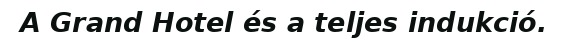
A Grand Hotel és a teljes indukció.